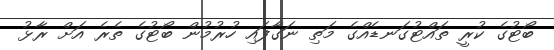
ބޯޓުގެ ކުރީ ތައްޓުގަނޑެއްގެ މަތި ނަގާފައި ހުރުމުން ބޯޓުގެ ތެރެ އަށް ރާޅު